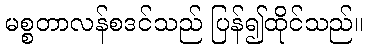
မစ္စတာလန်စဒင်သည် ပြန်၍ထိုင်သည်။